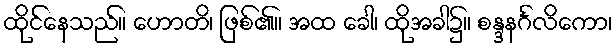
ထိုင်နေသည်။ ဟောတိ၊ ဖြစ်၏။ အထ ခေါ၊ ထိုအခါ၌။ စန္ဒနင်္ဂလိကော၊